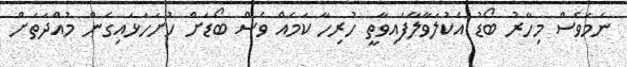
ނަމަވެސް މިހާރު ބޯޑު އެކުލަވާލާފައިވާތީ ހުރިހާ ކަމެއް ވެސް ބޯޑަށް ހުށަހަޅައިގެން މުއްދަތަށް